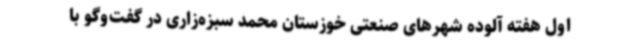
اول هفته آلوده شهرهای صنعتی خوزستان محمد سبزه‌زاری در گفت‌وگو با